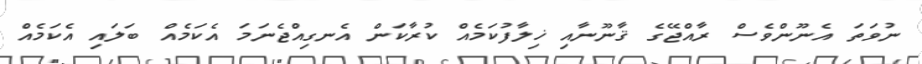
ނުވަތަ އެނޫންވެސް ރާއްޖޭގެ ޤާނޫނާއި ޚިލާފުކަމެއް ކުރާކަން އެނގިއްޖެނަމަ އެކަމެއް ބަލައި އެކަމެއް